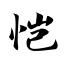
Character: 恺